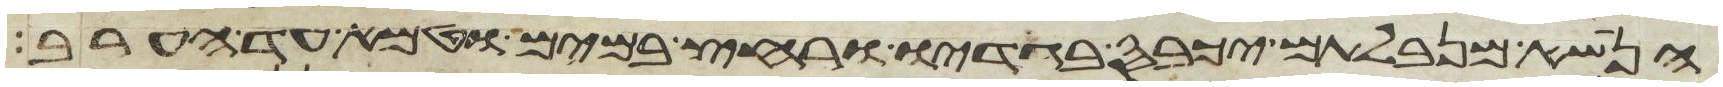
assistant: הנשא מנבלתם יכבס בגדיו ורחץ במים וטמא עד הערב